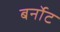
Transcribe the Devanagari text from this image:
बर्नोट